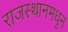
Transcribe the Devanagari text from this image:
राजस्थानमधुन